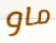
ماو